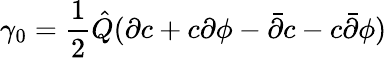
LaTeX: \gamma_{0}=\frac{1}{2}{\hat{Q}}(\partial c+c\partial\phi-{\bar{\partial}}c-c{\bar{\partial}}\phi)